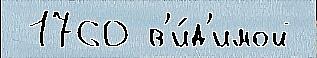
 1760 в'и́д'имой